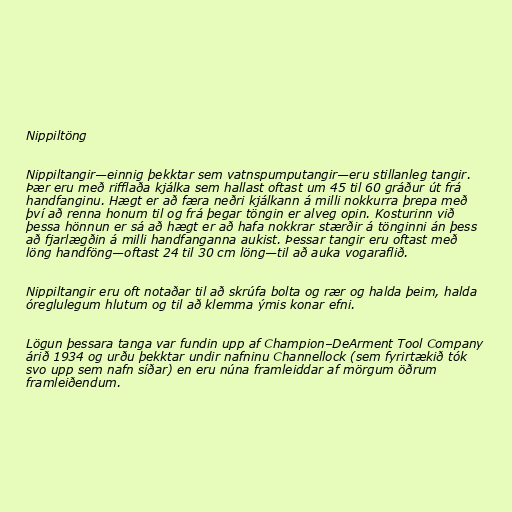
Nippiltöng

Nippiltangir—einnig þekktar sem vatnspumputangir—eru stillanleg tangir.
Þær eru með rifflaða kjálka sem hallast oftast um 45 til 60 gráður út frá
handfanginu. Hægt er að færa neðri kjálkann á milli nokkurra þrepa með
því að renna honum til og frá þegar töngin er alveg opin. Kosturinn við
þessa hönnun er sá að hægt er að hafa nokkrar stærðir á tönginni án þess
að fjarlægðin á milli handfanganna aukist. Þessar tangir eru oftast með
löng handföng—oftast 24 til 30 cm löng—til að auka vogaraflið.

Nippiltangir eru oft notaðar til að skrúfa bolta og rær og halda þeim, halda
óreglulegum hlutum og til að klemma ýmis konar efni.

Lögun þessara tanga var fundin upp af Champion–DeArment Tool Company
árið 1934 og urðu þekktar undir nafninu Channellock (sem fyrirtækið tók
svo upp sem nafn síðar) en eru núna framleiddar af mörgum öðrum
framleiðendum.